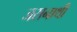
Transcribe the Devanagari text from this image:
जसनाथी